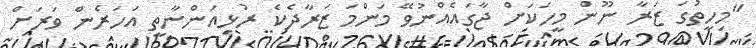
"މިހިތުގަ ޒަރާ ނޫން މީހަކަށް ޖާގައެއްނުވޭ މަންމަ ޒަރާދެކެ ރުޅިއަންނާތީ އަހަރެން ވަރަށް